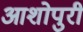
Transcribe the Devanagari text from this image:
आशोपुरी